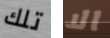
تلك الا